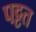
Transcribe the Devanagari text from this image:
पट्टत